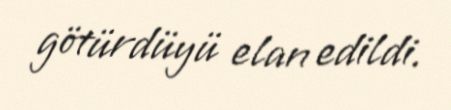
götürdüyü elan edildi.